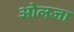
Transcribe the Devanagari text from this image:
ओलजा